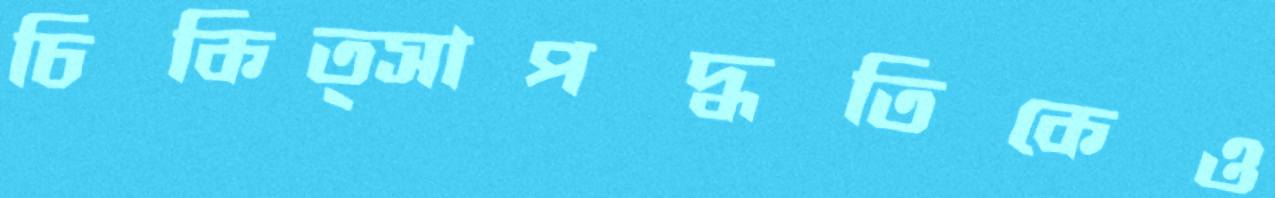
চিকিত্সাপদ্ধতিকেও